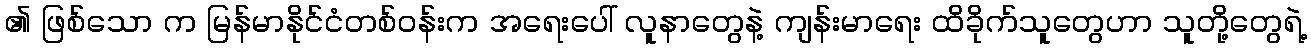
၏ ဖြစ်သော က မြန်မာနိုင်ငံတစ်ဝန်းက အရေးပေါ် လူနာတွေနဲ့ ကျန်းမာရေး ထိခိုက်သူတွေဟာ သူတို့တွေရဲ့